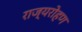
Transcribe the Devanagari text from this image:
राज्यरोहण